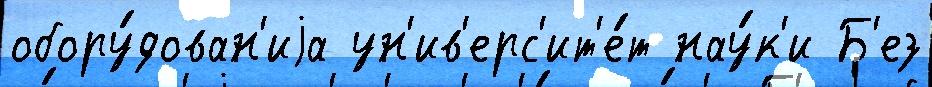
обору́дован'иjа ун'ив'ерс'ит'е́т нау́к'и Б'ез